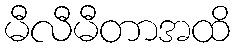
မီလီမီတာအထိ